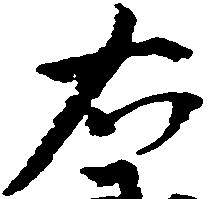
右